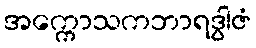
အက္ကောသကဘာရဒွါဇံ